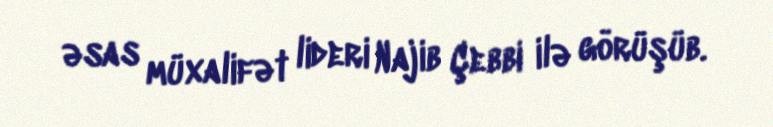
əsas müxalifət lideri Najib Çebbi ilə görüşüb.